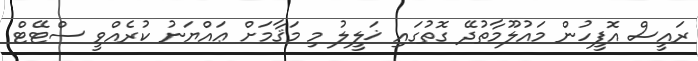
ރައީސް އޮފީހުން މައުލޫމާތުދޭ ގޮތުގައި ޚަލީލު މި މަޤާމަށް ޢައްޔަނު ކުރެއްވީ ސްޓޭޓް